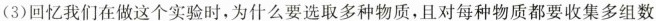
(3)回忆我们在做这个实验时，为什么要选取多种物质，且对每种物质都要收集多组数